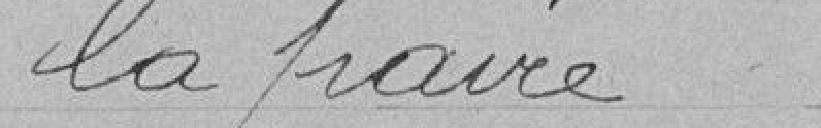
la paire